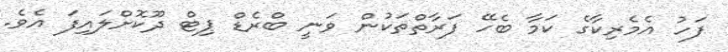
ފަހު އެމެރިކާގެ ކަމާ ބެހޭ ފަރާތްތަކުން ވަނީ ބްރެޑް ޕިޓް ދޫކޮށްލައިފަ އެވެ.